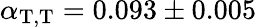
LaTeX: \alpha_{\mathrm{T},\mathrm{T}}=0.093\pm 0.005